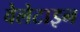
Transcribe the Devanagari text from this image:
वेलेटाइन